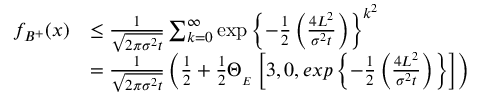
\begin{array} { r l } { f _ { B ^ { + } } ( x ) } & { \leq \frac { 1 } { \sqrt { 2 \pi \sigma ^ { 2 } t } } \sum _ { k = 0 } ^ { \infty } \exp \left\lbrace - \frac { 1 } { 2 } \left( \frac { 4 L ^ { 2 } } { \sigma ^ { 2 } t } \right) \right\rbrace ^ { k ^ { 2 } } } \\ & { = \frac { 1 } { \sqrt { 2 \pi \sigma ^ { 2 } t } } \left( \frac { 1 } { 2 } + \frac { 1 } { 2 } \Theta _ { _ { E } } \left[ 3 , 0 , e x p \left\lbrace - \frac { 1 } { 2 } \left( \frac { 4 L ^ { 2 } } { \sigma ^ { 2 } t } \right) \right\rbrace \right] \right) } \end{array}